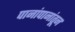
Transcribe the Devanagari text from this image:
पानांपानांतून